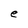
Character: e